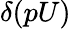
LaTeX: \delta(pU)